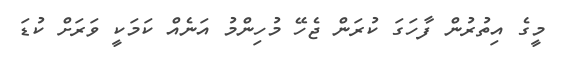
މީގެ އިތުރުން ފާހަގަ ކުރަން ޖެހޭ މުހިންމު އަނެއް ކަމަކީ ވަރަށް ކުޑަ